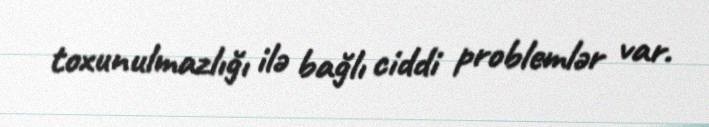
toxunulmazlığı ilə bağlı ciddi problemlər var.